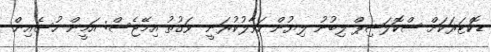
ޑޮކްޓަރަކަށް ސްކޮލަޝިޕް ލިބުނު ލިޔުން ހަވާލުކުރަނީ  ވަގުތު އިމޭޖެސް: އަމީން ހުސެއިން